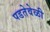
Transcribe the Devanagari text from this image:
पडतेवेळी